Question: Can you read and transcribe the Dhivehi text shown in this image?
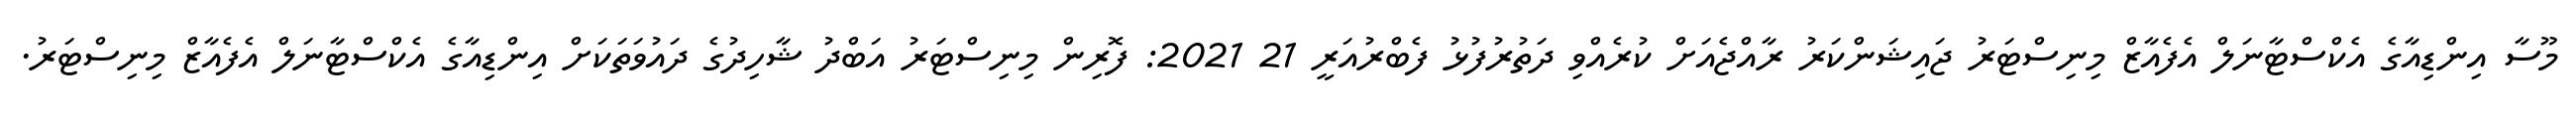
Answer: މޫސާ އިންޑިއާގެ އެކްސްޓާނަލް އެފެއާޒް މިނިސްޓަރު ޖައިޝަންކަރު ރާއްޖެއަށް ކުރެއްވި ދަތުރުފުޅު ފެބްރުއަރީ 21 2021: ފޮރިން މިނިސްޓަރު އަބްދު ޝާހިދުގެ ދައުވަތަކަށް އިންޑިއާގެ އެކްސްޓާނަލް އެފެއާޒް މިނިސްޓަރު.